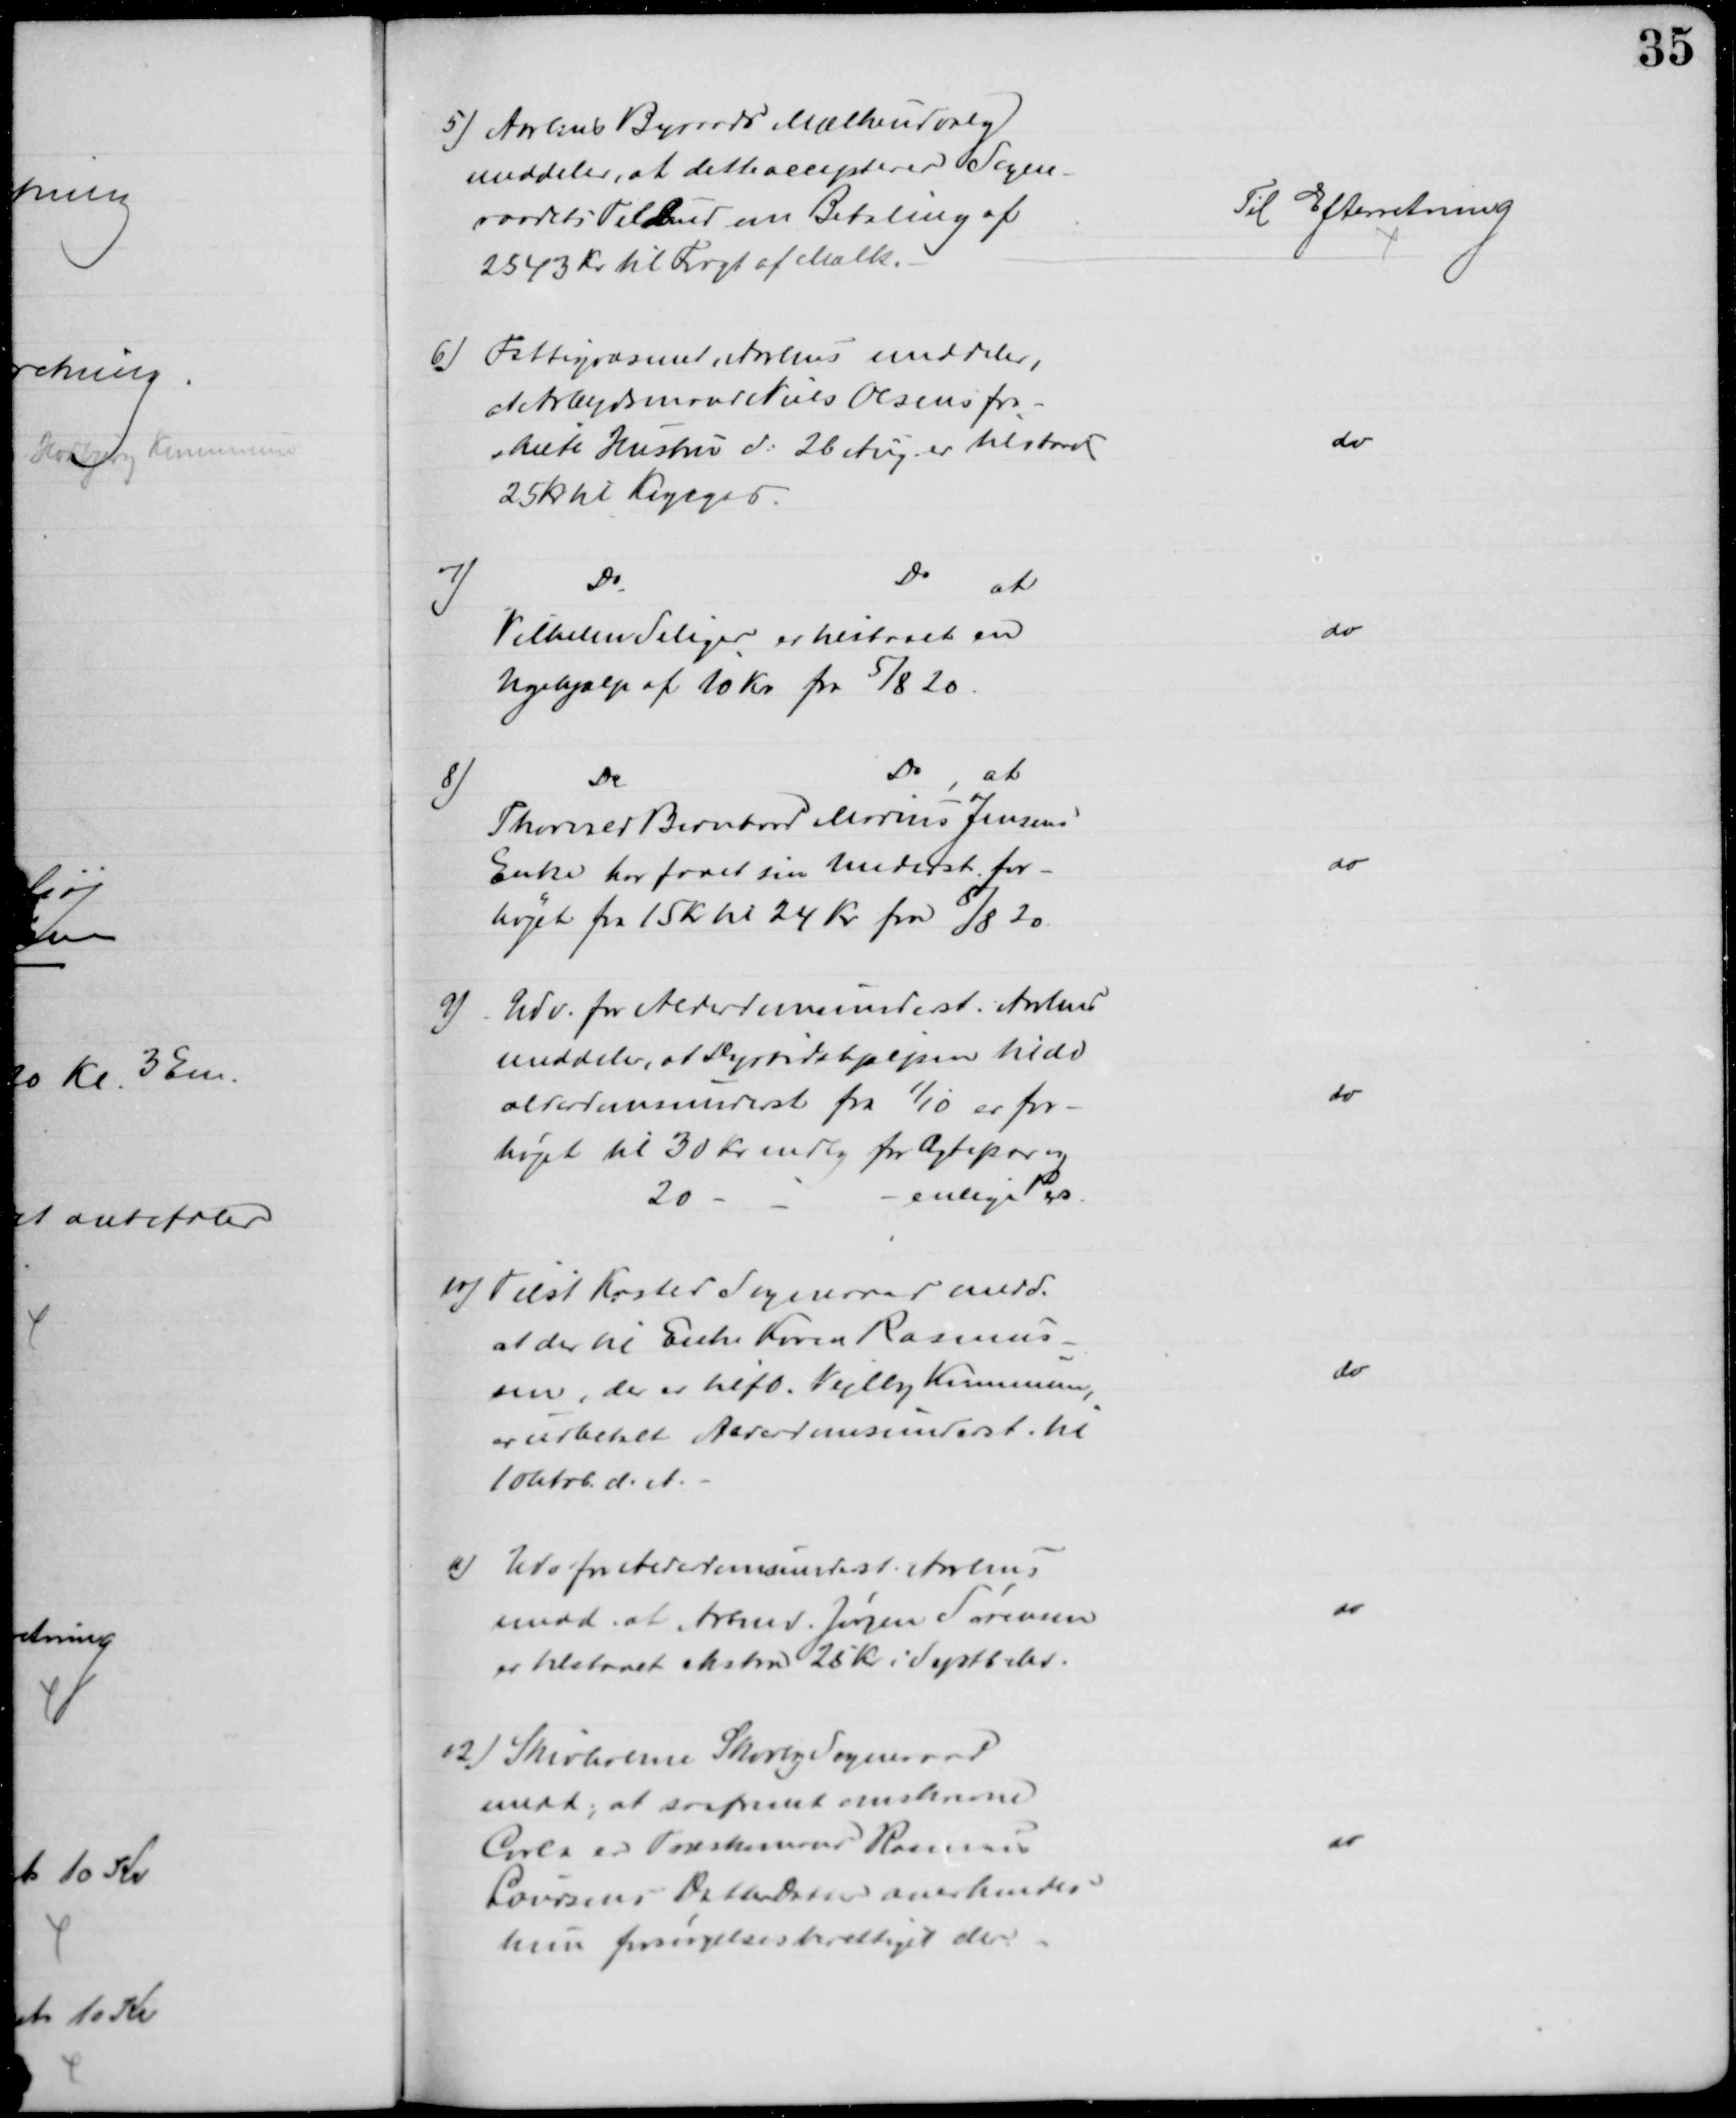
Transskription:
5) Aarhus Byraads Mælkeudvalg
meddeler, at dette accepterer Sogne-
raadets Tilbud om Betaling af
2543 Kr til Fragt af Mælk.
Til Efterretning
6) Fattigvæsenet i Aarhus meddeler,
at Arbejdsmand Niels Olsens fra-
skilte Hustru d: 26 Aug er tilstaaet
25 kr til Kogegas
do
7)
Do
Do
at
Vilhelm Seliger er tilstaaet en
Ugehjælp af 10 Kr fra 5/8 20
do
8)
Do
Do
at
Thorvald Bernhard Marius Jensens
Enke har faaet sin Underst. for-
højet fra 15 Kr til 24 Kr fra 8/8 20.
do
9)
Udv. for Alderdomsunderst. i Aarhus
meddeler, at Dyrtidshjælpen til de
alderdomsunderst fra 1/10 er for-
højet til 30 Kr mdlg for Ægtepar og
20
enlige Pers.
do
10) Tilst Kasted Sogneraad medd.
at der til Enke Karen Rasmus-
sen, der er tilfl. Vejlby Kommune,
er udbetalt Alderdomsunderst. til
10 Oktob. d. A.
do
a) Udv for Alderdomsunderst. i Aarhus
medd. at Arbmd. Jørgen Sørensen
er tilstaaet ekstra 25 Kr i Septb. Md.
do
12) Skivholme Skovby Sogneraad
medd, at saafremt omskrevne
Carla er Træskomand Rasmus
Laursens DatterDatter anerkendes
hun forsørgelsesberettiget der
do